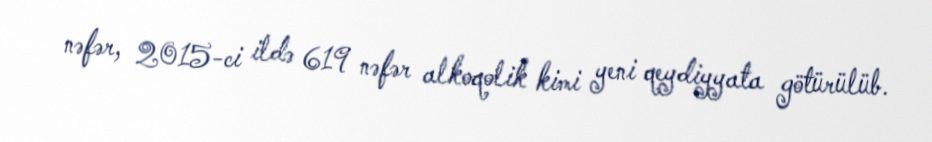
nəfər, 2015-ci ildə 619 nəfər alkoqolik kimi yeni qeydiyyata götürülüb.